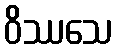
ဝိဿသေ